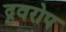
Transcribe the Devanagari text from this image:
द्रवरोप